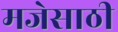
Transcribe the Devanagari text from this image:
मजेसाठी